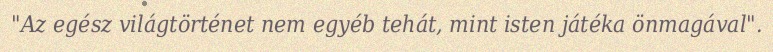
"Az egész világtörténet nem egyéb tehát, mint isten játéka önmagával".